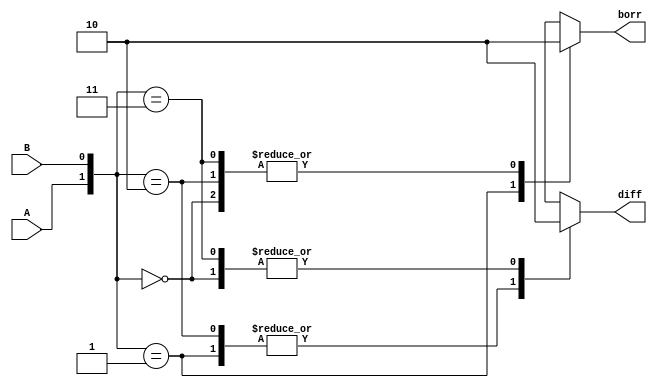
// This program was cloned from: https://github.com/aryanmahawar205/ModelSim-IntelFPGA
// License: GNU General Public License v3.0

//Behavioural Modelling code for Half Subtractor

module exp_df(diff, borr, A, B);
input A, B; output diff, borr;
reg diff, borr;
always @ (A or B)
begin
case ({A, B})
2'b00 : begin diff = 0; borr = 0; end
2'b01 : begin diff = 1; borr = 1; end
2'b10 : begin diff = 1; borr = 0; end
2'b11 : begin diff = 0; borr = 0; end
endcase
end
endmodule